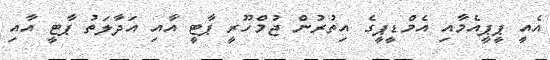
އެއީ ޕީޕީއެމާއި އެމްޑީޕީގެ އިތުރުން ޖުމްހޫރީ ޕާޓީ އާއި އަދާލަތު ޕާޓީ އާއި